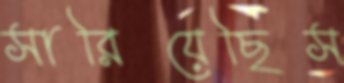
সারিয়েছিস